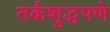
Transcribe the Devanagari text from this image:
तर्कशुद्धपणे